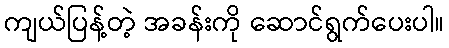
ကျယ်ပြန့်တဲ့ အခန်းကို ဆောင်ရွက်ပေးပါ။